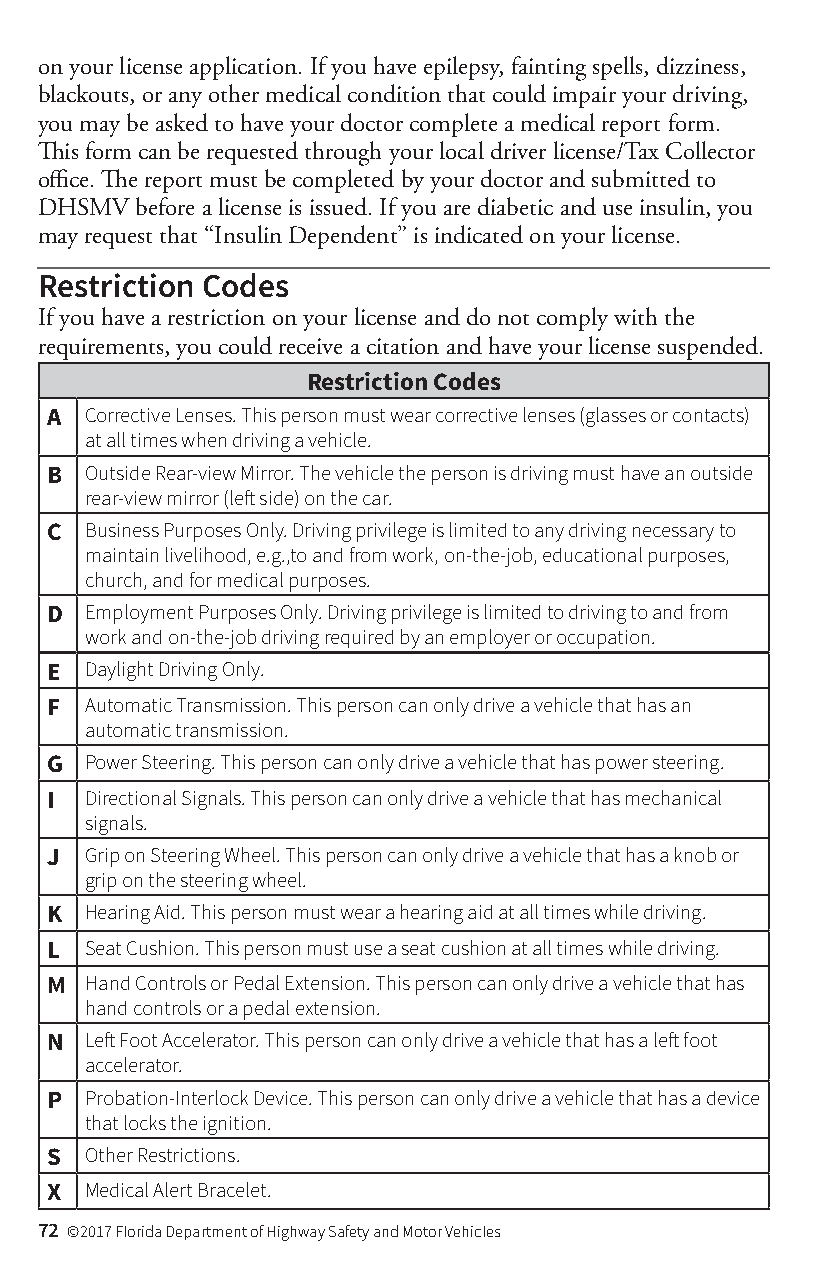
on your license application. If you have epilepsy, fainting spells, dizziness,
 blackouts, or any other medical condition that could impair your driving,
 you may be asked to have your doctor complete a medical report form.
 This form can be requested through your local driver license/Tax Collector
 office. The report must be completed by your doctor and submitted to
 DHSMV  before a license is issued. If you are diabetic and use insulin, you
 may request that “Insulin Dependent” is indicated on your license.
 Restriction Codes
 If you have a restriction on your license and do not comply with the
 requirements, you could receive a citation and have your license suspended.
 Restriction Codes
 A  Corrective Lenses. This person must wear corrective lenses (glasses or contacts)
 at all times when driving a vehicle.
 B  Outside Rear-view Mirror. The vehicle the person is driving must have an outside
 rear-view mirror (left side) on the car.
 C  Business Purposes Only. Driving privilege is limited to any driving necessary to
 maintain livelihood, e.g.,to and from work, on-the-job, educational purposes,
 church, and for medical purposes.
 D  Employment Purposes Only. Driving privilege is limited to driving to and from
 work and on-the-job driving required by an employer or occupation.
 E  Daylight Driving Only.
 F  Automatic Transmission. This person can only drive a vehicle that has an
 automatic transmission.
 G  Power Steering. This person can only drive a vehicle that has power steering.
 I  Directional Signals. This person can only drive a vehicle that has mechanical
 signals.
 J  Grip on Steering Wheel. This person can only drive a vehicle that has a knob or
 grip on the steering wheel.
 K  Hearing Aid. This person must wear a hearing aid at all times while driving.
 L  Seat Cushion. This person must use a seat cushion at all times while driving.
 M  Hand Controls or Pedal Extension. This person can only drive a vehicle that has
 hand controls or a pedal extension.
 N  Left Foot Accelerator. This person can only drive a vehicle that has a left foot
 accelerator.
 P  Probation-Interlock Device. This person can only drive a vehicle that has a device
 that locks the ignition.
 S  Other Restrictions.
 X  Medical Alert Bracelet.
 72 ©2017 Florida Department of Highway Safety and Motor Vehicles